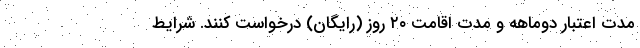
مدت اعتبار دوماهه و مدت اقامت ۲۰ روز (رایگان) درخواست کنند. شرایط